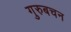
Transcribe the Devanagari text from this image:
गुरुबचन